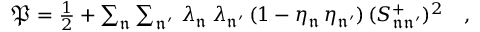
\begin{array} { r } { \mathfrak { P } = \frac { 1 } { 2 } + \sum _ { \mathfrak { n } } \sum _ { \mathfrak { n ^ { \prime } } } \, \lambda _ { \mathfrak { n } } \, \lambda _ { \mathfrak { n ^ { \prime } } } \, ( 1 - \eta _ { \mathfrak { n } } \, \eta _ { \mathfrak { n ^ { \prime } } } ) \, ( S _ { \mathfrak { n } \mathfrak { n ^ { \prime } } } ^ { + } ) ^ { 2 } \quad , } \end{array}